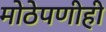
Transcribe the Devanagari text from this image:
मोठेपणीही